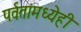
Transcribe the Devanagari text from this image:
पर्वतांमध्येही